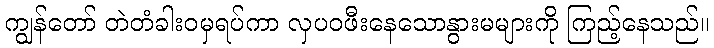
ကျွန်တော် တဲတံခါးဝမှရပ်ကာ လှပဝဖီးနေသောနွားမများကို ကြည့်နေသည်။